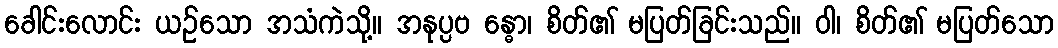
ခေါင်းလောင်း ယဉ်သော အသံကဲသို့။ အနုပ္ပဗ န္ဓော၊ စိတ်၏ မပြတ်ခြင်းသည်။ ဝါ၊ စိတ်၏ မပြတ်သော